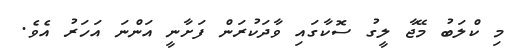
މި ކްލަބު މޭޖާ ލީގު ސޮކާގައި ވާދަކުރަން ފަށާނީ އަންނަ އަހަރު އެވެ.